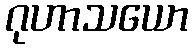
ဂုဟာသယော